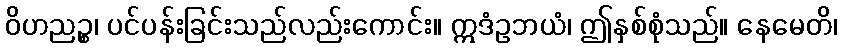
ဝိဟညဉ္စ၊ ပင်ပန်းခြင်းသည်လည်းကောင်း။ ဣဒံဥဘယံ၊ ဤနှစ်စုံသည်။ နေမေတိ၊